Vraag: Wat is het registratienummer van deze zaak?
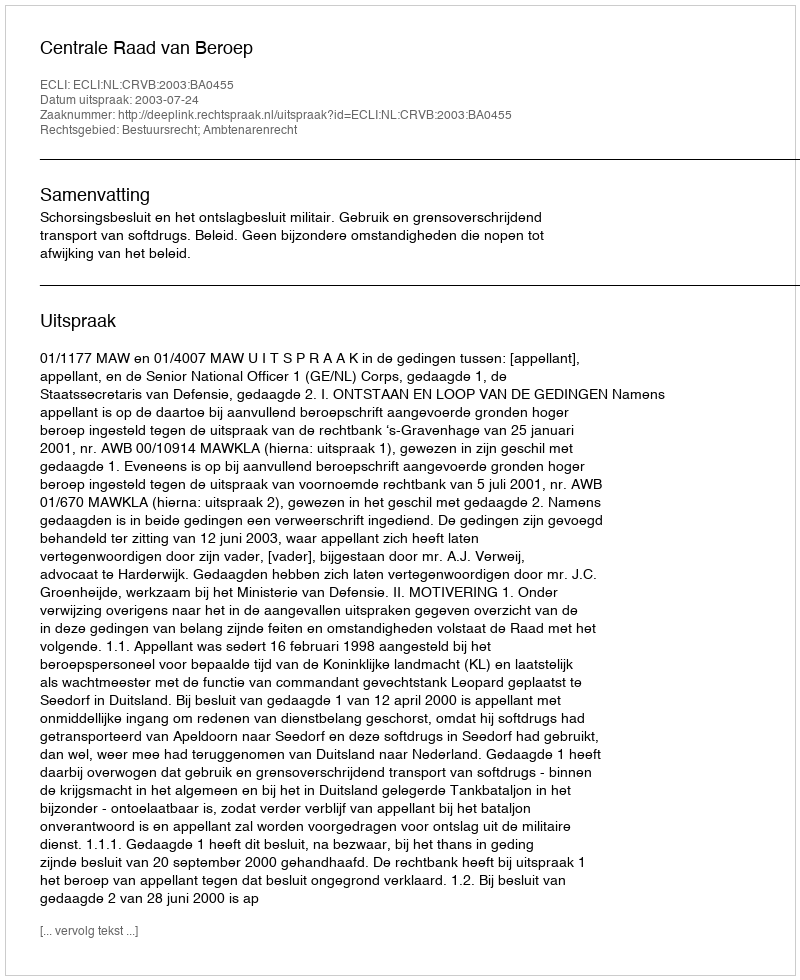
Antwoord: http://deeplink.rechtspraak.nl/uitspraak?id=ECLI:NL:CRVB:2003:BA0455